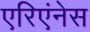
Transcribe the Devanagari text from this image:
एरिएंनेस